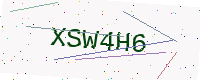
Text: XSW4H6